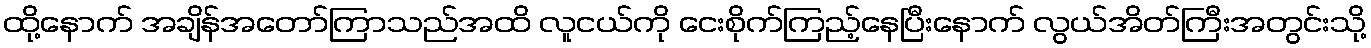
ထို့နောက် အချိန်အတော်ကြာသည်အထိ လူငယ်ကို ငေးစိုက်ကြည့်နေပြီးနောက် လွယ်အိတ်ကြီးအတွင်းသို့